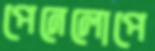
পেনেলোপে